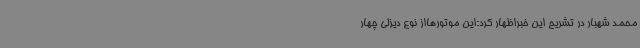
محمد شهبار در تشریح این خبراظهار کرد:این موتورهااز نوع دیزلی چهار